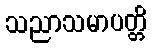
သညာသမာပတ္တိ